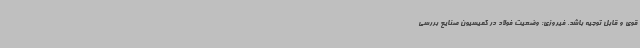
قوی و قابل توجیه باشد. فیروزی: وضعیت فولاد در کمیسیون صنایع بررسی